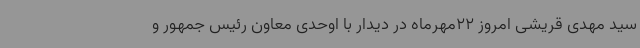
سید مهدی قریشی امروز 22مهرماه در دیدار با اوحدی معاون رئیس جمهور و